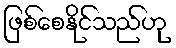
ဖြစ်စေနိုင်သည်ဟု